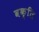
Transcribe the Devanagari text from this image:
वक्ति